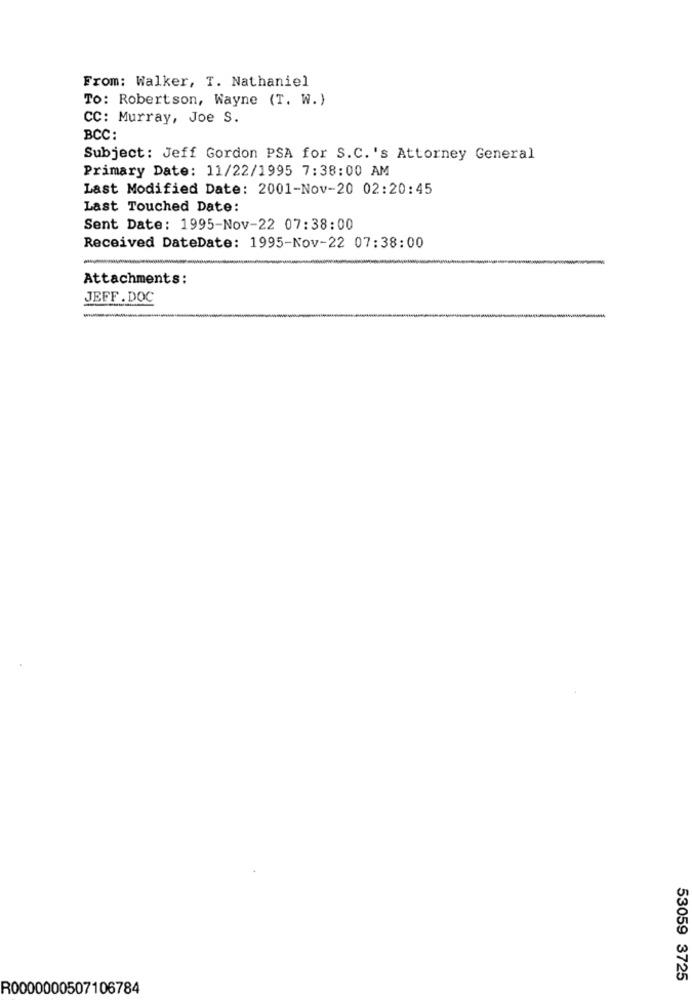
From: Walker, T. Nathaniel
To: Robertson, Wayne (T. W.)
CC: Murray, Joe S.
BCC:
Subject: Jeff Gordon PSA for S.C.'s Attorney General
Primary Date: 11/22/1995 7:38:00 AM
Last Modified Date: 2001-Nov-20 02:20:45
Last Touched Date:
Sent Date: 1995-Nov-22 07:38:00
Received DateDate: 1995-Nov-22 07:38:00
Attachments:
JEFF . DOC
-
53059 3725
R0000000507106784